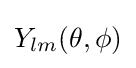
Y_{lm}(\theta ,\phi )